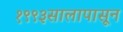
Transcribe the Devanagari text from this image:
१९९३सालापासून